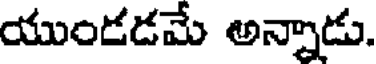
యుండడమే అన్నాడు.